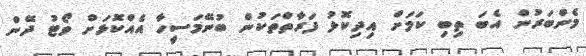
މެންބަރުން އެބަ ތިބި ކަމަށް އިދިކޮޅު ފަރާތްތަކުން ބުނޭމަސީހާ އެއްކޮޅަށް ވޯޓު ދޭން